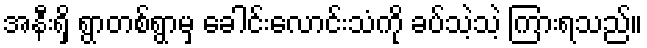
အနီးရှိ ရွာတစ်ရွာမှ ခေါင်းလောင်းသံကို ခပ်သဲ့သဲ့ ကြားရသည်။